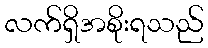
လက်ရှိအစိုးရသည်